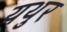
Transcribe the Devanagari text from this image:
यथुर